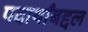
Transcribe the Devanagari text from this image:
पदार्थांबद्दल